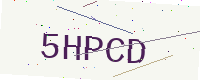
Text: 5HPCD